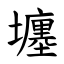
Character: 㙻